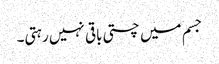
جسم میں چستی باقی نہیں رہتی۔